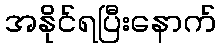
အနိုင်ရပြီးနောက်